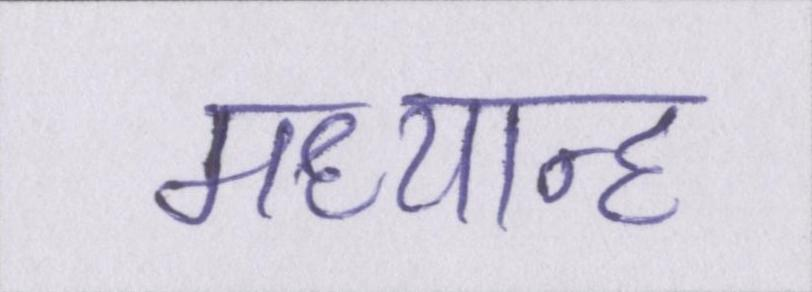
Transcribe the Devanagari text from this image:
मध्यान्ह